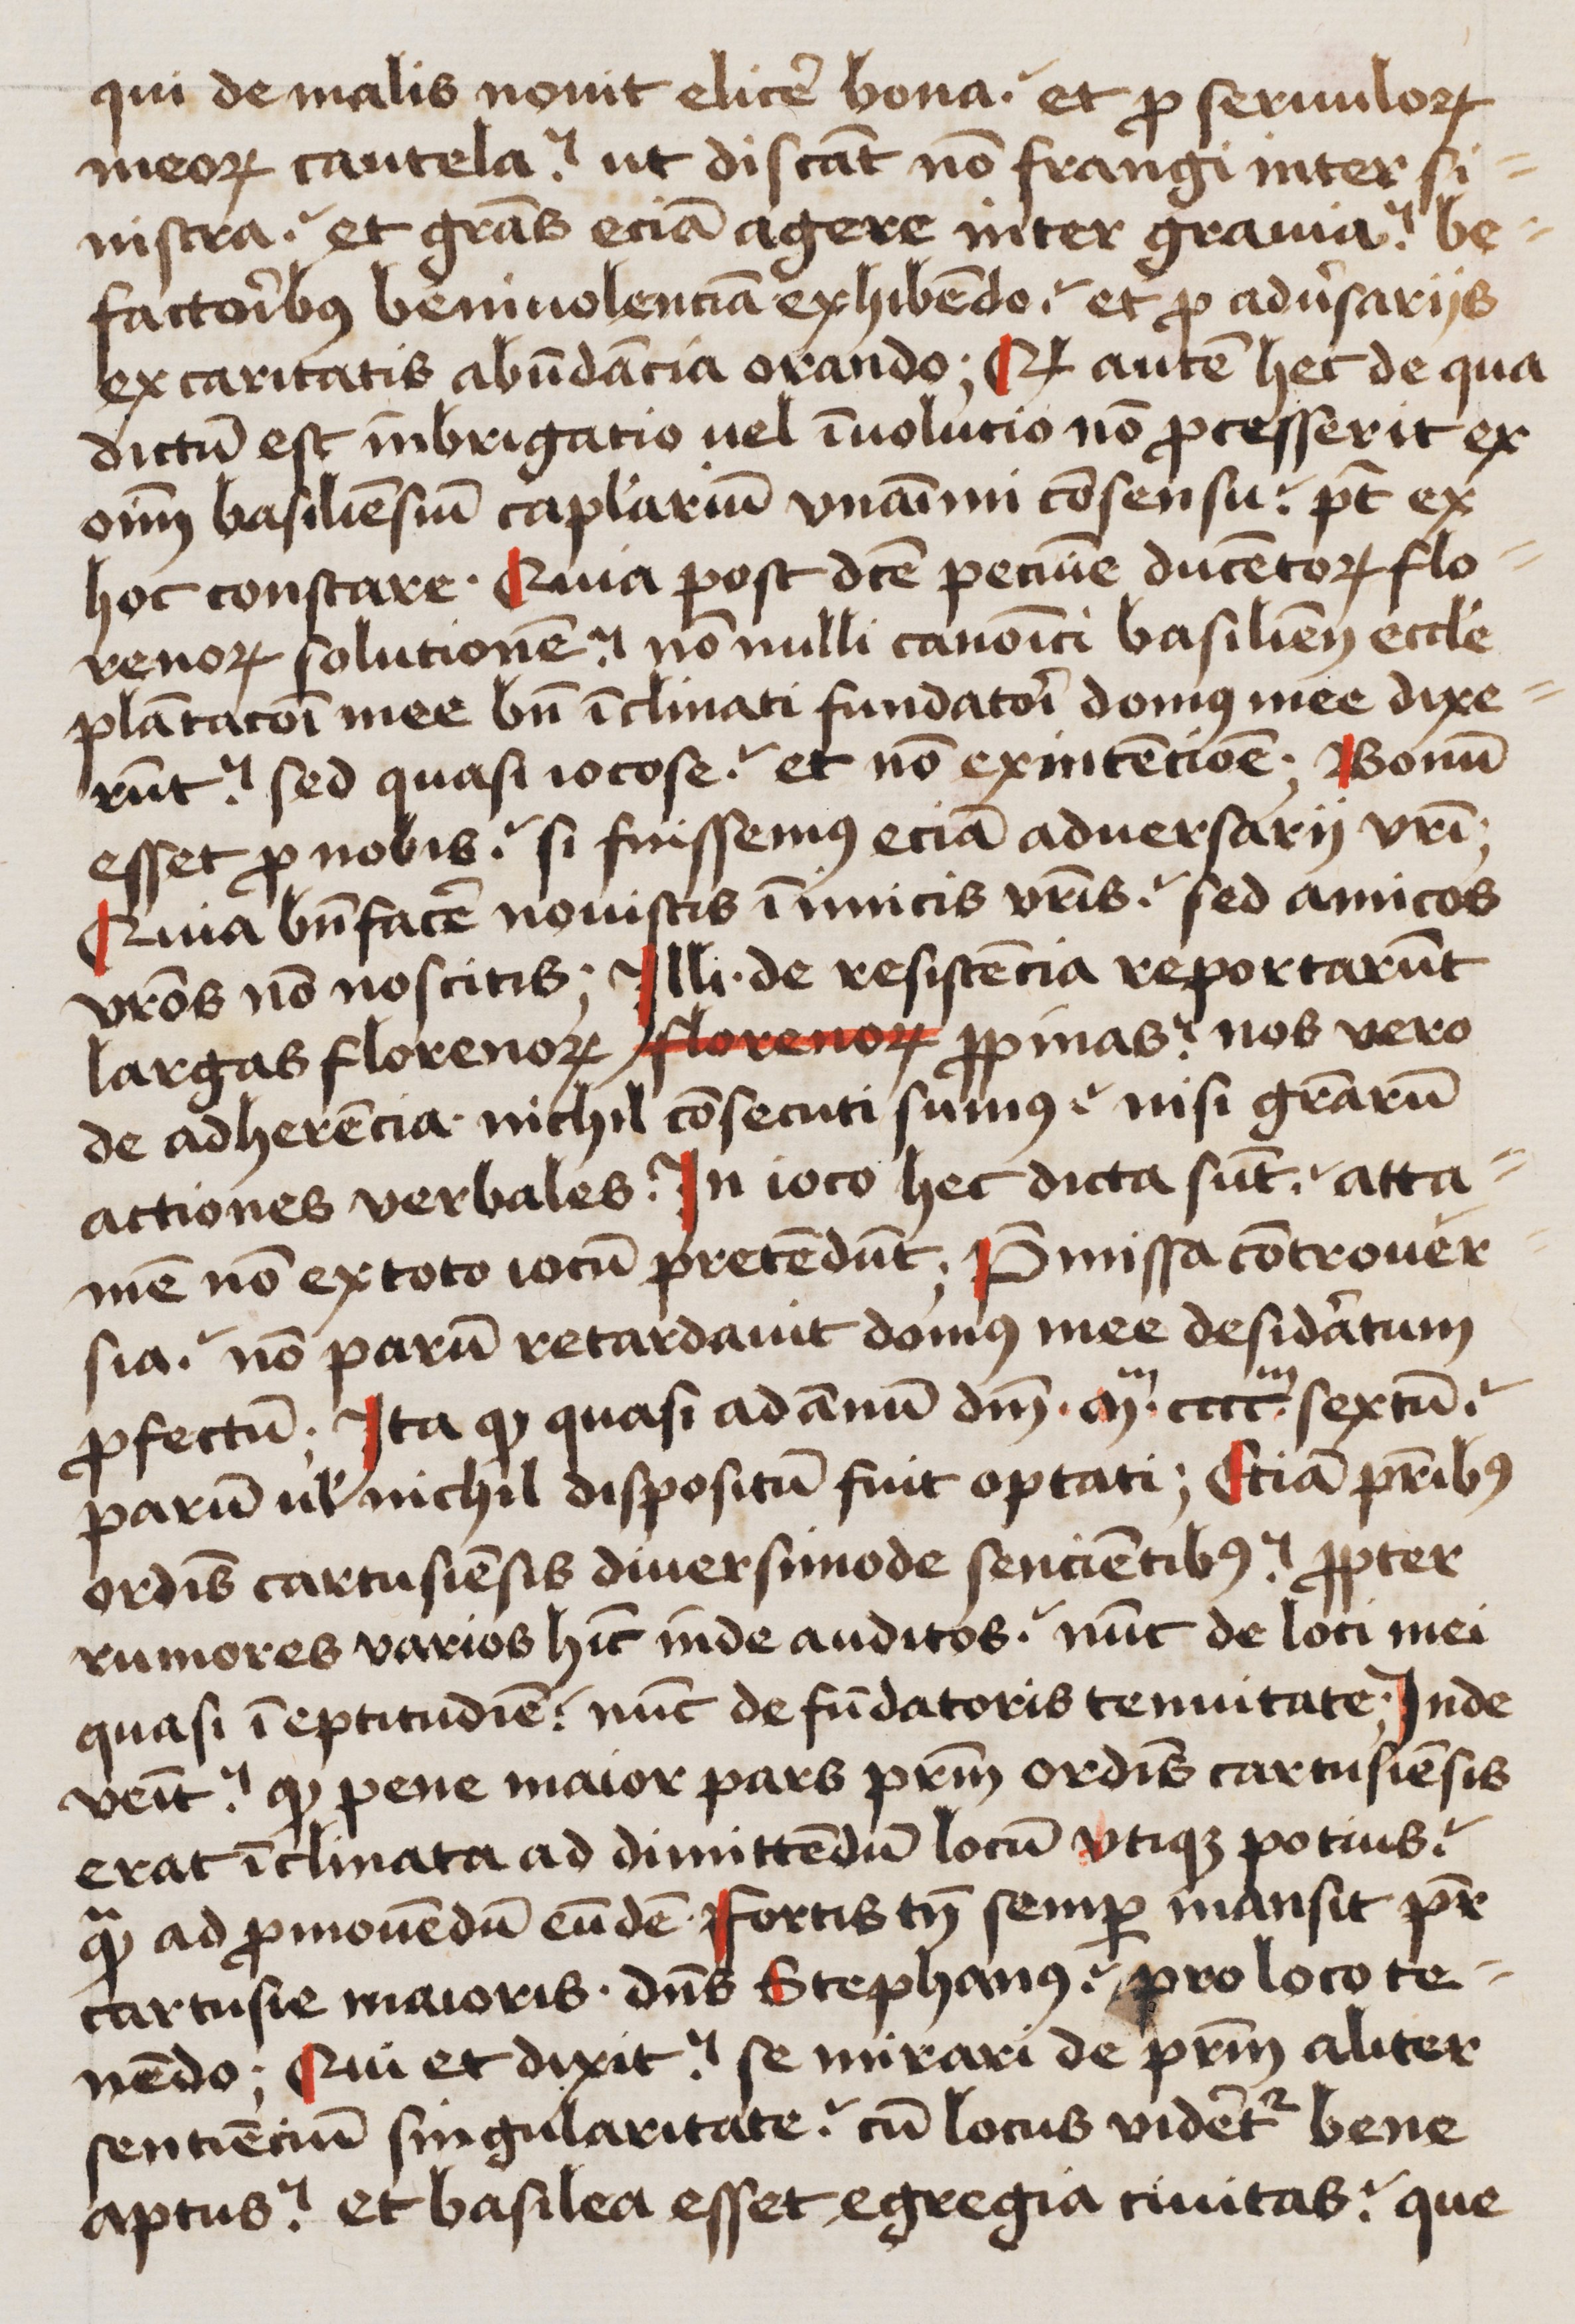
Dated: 1480–1526